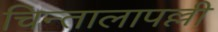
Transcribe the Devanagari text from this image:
चिन्तालापल्ली